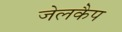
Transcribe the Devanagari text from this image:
जेलकैप